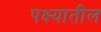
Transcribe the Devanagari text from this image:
पक्ष्यातील